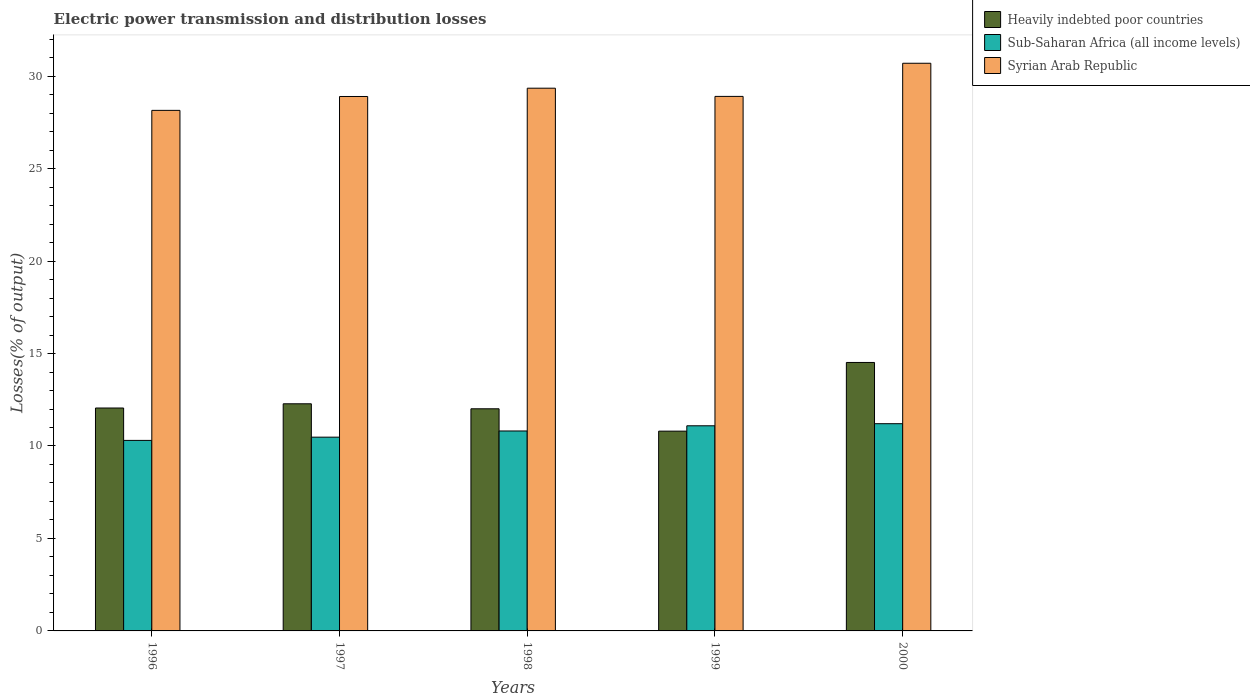
| Years | Heavily indebted poor countries | Sub-Saharan Africa (all income levels) | Syrian Arab Republic |
 | --- | --- | --- | --- |
 | 1996 | 12.1 | 10.3 | 28.2 |
 | 1997 | 12.3 | 10.5 | 28.9 |
 | 1998 | 12 | 10.8 | 29.3 |
 | 1999 | 10.8 | 11.1 | 28.9 |
 | 2000 | 14.5 | 11.2 | 30.7 |